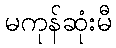
မကုန်ဆုံးမီ